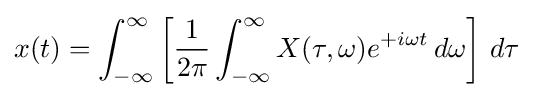
x(t)=\int _{-\infty }^{\infty }\left[{\frac {1}{2\pi }}\int _{-\infty }^{\infty }X(\tau ,\omega )e^{+i\omega t}\,d\omega \right]\,d\tau